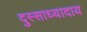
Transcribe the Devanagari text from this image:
दुस्साध्यादाय